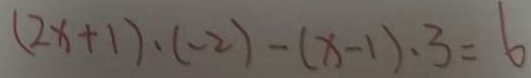
( 2 x + 1 ) \cdot ( - 2 ) - ( x - 1 ) \cdot 3 = 6